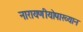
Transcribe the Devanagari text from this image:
नारायणीयोपाख्यान